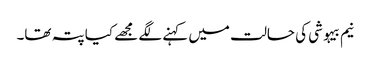
نیم بیہوشی کی حالت میں کہنے لگے مجھے کیا پتہ تھا۔